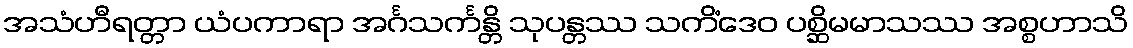
အသံဟီရတ္တာ ယံပကာရာ အင်္ဂသင်္ကန္တိ သုပန္တဿ သကိံဒေဝ ပစ္ဆိမမာသဿ အစ္စဟာသိ